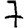
Digit: 7